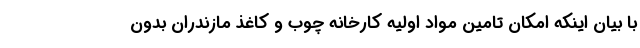
با بیان اینکه امکان تامین مواد اولیه کارخانه چوب و کاغذ مازندران بدون